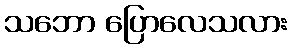
သဘော ပြောလေသလား